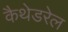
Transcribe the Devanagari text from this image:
कैथेडरेल